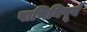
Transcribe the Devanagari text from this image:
पाणिनिपूर्व